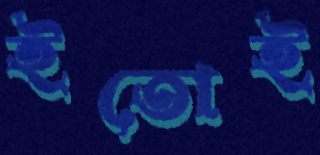
ইতোই